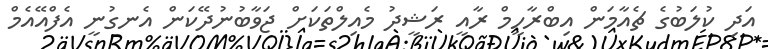
އަދި ކުލަބުގެ ޗެއާމަން އިބްރާހީމް ރާއީ ރަޝީދު މެއިލްތަކަށް ޖަވާބުނުދޭކަން އެނގުނީ އެފްއޭއެމް